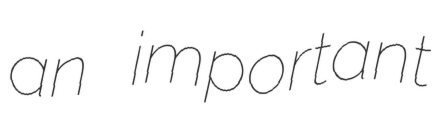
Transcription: an important